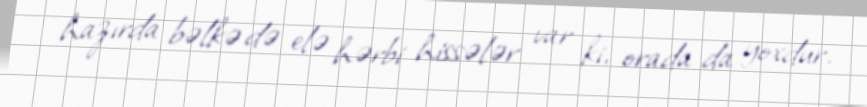
hazırda bəlkə də elə hərbi hissələr var ki, orada da yoxdur.